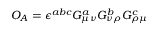
O _ { A } = \epsilon ^ { a b c } G _ { \mu \nu } ^ { a } G _ { \nu \rho } ^ { b } G _ { \rho \mu } ^ { c }